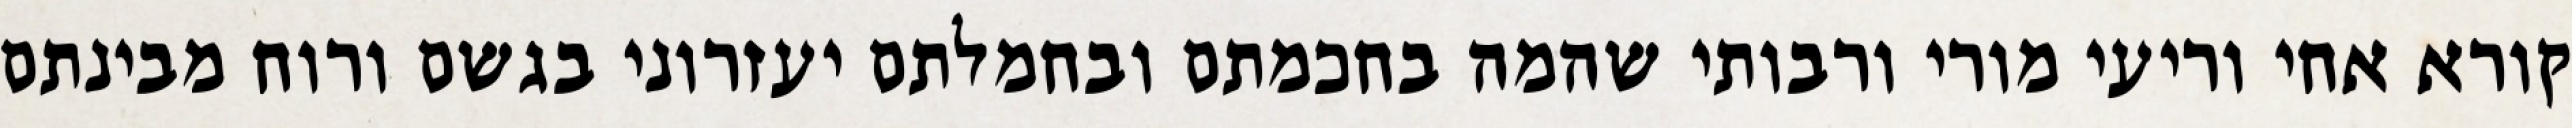
קורא אחי וריעי מורי ורבותי שהמה בחכמתם ובחמלתם יעזרוני בגשם ורוח מבינתם